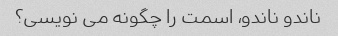
ناندو ناندو، اسمت را چگونه می نویسی؟